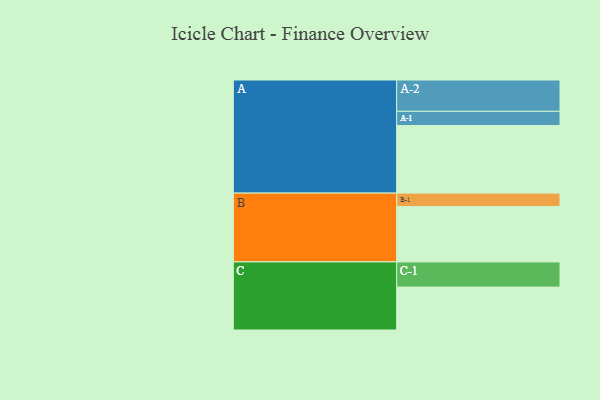
{"axis": {"x": "Segment", "y": "Value"}, "legend": ["", "A", "B", "C"], "data": [{"x": "A", "y": 537, "type": ""}, {"x": "B", "y": 441, "type": ""}, {"x": "C", "y": 341, "type": ""}, {"x": "A-1", "y": 113, "type": "A"}, {"x": "A-2", "y": 249, "type": "A"}, {"x": "B-1", "y": 106, "type": "B"}, {"x": "C-1", "y": 200, "type": "C"}]}